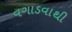
વગાડવાથી